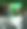
হ